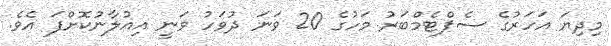
މިދިޔަ އަހަރުގެ ސެޕްޓެމްބަރު މަހުގެ 20 ވަނަ ދުވަހު ވަނީ އިއުލާނުކޮށްފަ އެވެ.